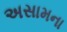
અસામના